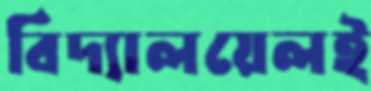
বিদ্যালয়েলই